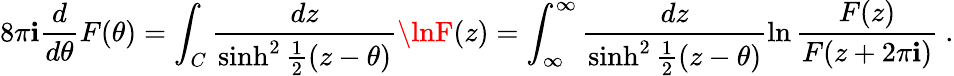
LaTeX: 8\pi\mathbf{i}\frac{{d}}{{d\theta}}F(\theta)=\int_{C}\frac{{dz}}{{\sinh^{2}{\frac{{1}}{{2}}(z-\theta)}}}\lnF(z)=\int_{\infty}^{\infty}\frac{{dz}}{{\sinh^{2}{\frac{{1}}{{2}}(z-\theta)}}}\ln{\frac{{F(z)}}{{F(z+2\pi\mathbf{i})}}}\ .